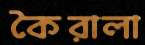
কৈরালা